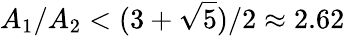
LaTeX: A_{1}/A_{2}<(3+\sqrt{5})/2\approx 2.62